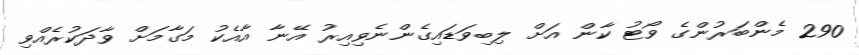
290 މެންބަރުންގެ ވޯޓު ކާން އަށް ލިބިވަޑައިގެންނެވިއިރު އޭނާ އާއެކު މަގާމަށް ވާދަކުރެއްވި